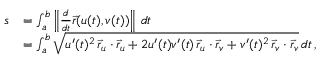
{ \begin{array} { r l } { s } & { = \int _ { a } ^ { b } \left\| { \frac { d } { d t } } { \vec { r } } ( u ( t ) , v ( t ) ) \right\| \, d t } \\ & { = \int _ { a } ^ { b } { \sqrt { u ^ { \prime } ( t ) ^ { 2 } \, { \vec { r } } _ { u } \cdot { \vec { r } } _ { u } + 2 u ^ { \prime } ( t ) v ^ { \prime } ( t ) \, { \vec { r } } _ { u } \cdot { \vec { r } } _ { v } + v ^ { \prime } ( t ) ^ { 2 } \, { \vec { r } } _ { v } \cdot { \vec { r } } _ { v } } } \, d t \, , } \end{array} }